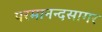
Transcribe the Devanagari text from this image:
परमानन्दसागर